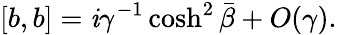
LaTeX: [b,b]=\mathit{i}\gamma^{-1}\cosh^{2}\bar{{\beta}}+O(\gamma).